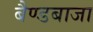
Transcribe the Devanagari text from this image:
बैण्डबाजा